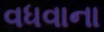
વધવાના